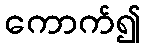
ကောက်၍